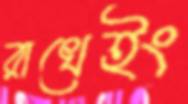
রাখেইং